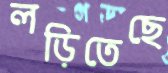
লড়িতেছে